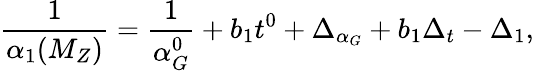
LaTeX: \frac{1}{\alpha_{1}(M_{Z})}=\frac{1}{\alpha_{G}^{0}}+b_{1}t^{0}+\Delta_{\alpha_{G}}+b_{1}\Delta_{t}-\Delta_{1},